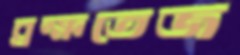
ব্রহ্মতেজ